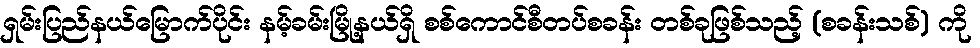
ရှမ်းပြည်နယ်မြောက်ပိုင်း နမ့်ခမ်းမြို့နယ်ရှိ စစ်ကောင်စီတပ်စခန်း တစ်ခုဖြစ်သည့် (စခန်းသစ်) ကို